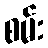
စမ်း